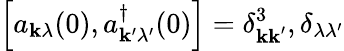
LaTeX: \left[a_{\mathbf{k}\lambda}(0),a_{\mathbf{k^{\prime}}\lambda^{\prime}}^{\dagger}(0)\right]=\delta_{\mathbf{kk^{\prime}}}^{3},\delta_{\lambda\lambda^{\prime}}